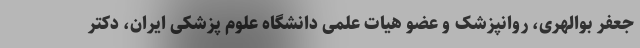
جعفر بوالهری، روانپزشک و عضو هیات علمی دانشگاه علوم پزشکی ایران، دکتر